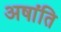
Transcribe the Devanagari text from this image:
अषांति